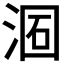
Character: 𣶦